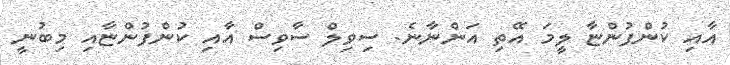
އާއި ކުންފުންޏާ ލީމަ އޭތި އަންނާނެ. ސިވިލް ސާވިސް އާއި ކުންފުންޏާއި މިބުނީ